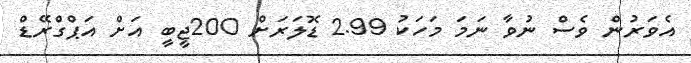
އެވަރުން ވެސް ނުވާ ނަމަ މަހަކު 2.99 ޑޮލަރަށް 200ޖީބީ އަށް އަޕްގްރޭޑް